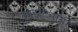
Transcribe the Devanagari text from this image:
काइटिनायी